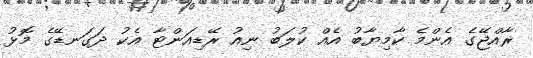
ރާއްޖޭގެ އެންމެ ކާމިޔާބު އެއް ކުލަބު ނިއު ރޭޑިއަންޓާ އެކު ދަގަނޑޭގެ މޮޅު